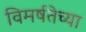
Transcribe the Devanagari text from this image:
विमर्षतेच्या